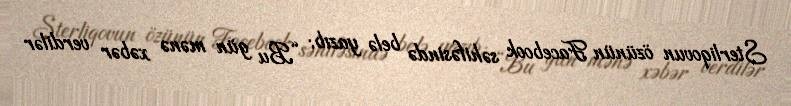
Sterliqovun özünün Facebook səhifəsində belə yazıb: “Bu gün mənə xəbər verdilər